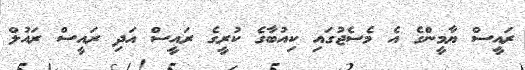
ރައީސް ޔާމީންގެ އެ މެސެޖުގައި ކިއުބާގެ ކުރީގެ ރައީސް އަދި ރައީސް ރައުލް